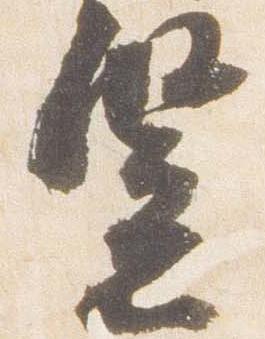
竪